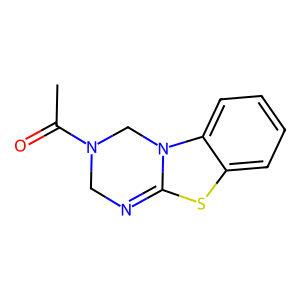
SMILES: CC(=O)N1CN=C2Sc3ccccc3N2C1
Inhibits HIV replication: No